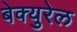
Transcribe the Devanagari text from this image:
बेक्युरेल